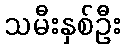
သမီးနှစ်ဦး